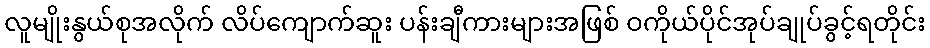
လူမျိုးနွယ်စုအလိုက် လိပ်ကျောက်ဆူး ပန်းချီကားများအဖြစ် ဝကိုယ်ပိုင်အုပ်ချုပ်ခွင့်ရတိုင်း